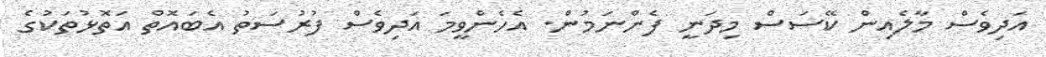
އަދިވެސް މާލެއިން ކޭސަސް މިދަނީ ފެންނަމުން. އެހެންވީމަ އަދިވެސް ފުރުސަތު އެބައޮތް އަތޮޅުތަކުގެ